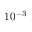
1 0 ^ { - 3 }